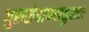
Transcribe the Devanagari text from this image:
गुरुसेवापराङ्मुखाः